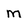
Character: M